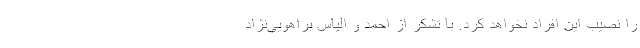
را نصيب اين افراد نخواهد كرد. با تشكر از احمد و الياس براهويي‌نژاد